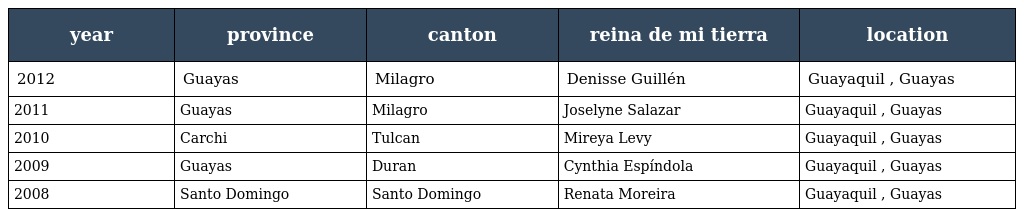
| year | province | canton | reina de mi tierra | location |
 | --- | --- | --- | --- | --- |
 | 2012 | Guayas | Milagro | Denisse Guillén | Guayaquil , Guayas |
 | 2011 | Guayas | Milagro | Joselyne Salazar | Guayaquil , Guayas |
 | 2010 | Carchi | Tulcan | Mireya Levy | Guayaquil , Guayas |
 | 2009 | Guayas | Duran | Cynthia Espíndola | Guayaquil , Guayas |
 | 2008 | Santo Domingo | Santo Domingo | Renata Moreira | Guayaquil , Guayas |